Civil Veterinary Department. United Provinces 1932-42 - 1932-1942
Year: 1932
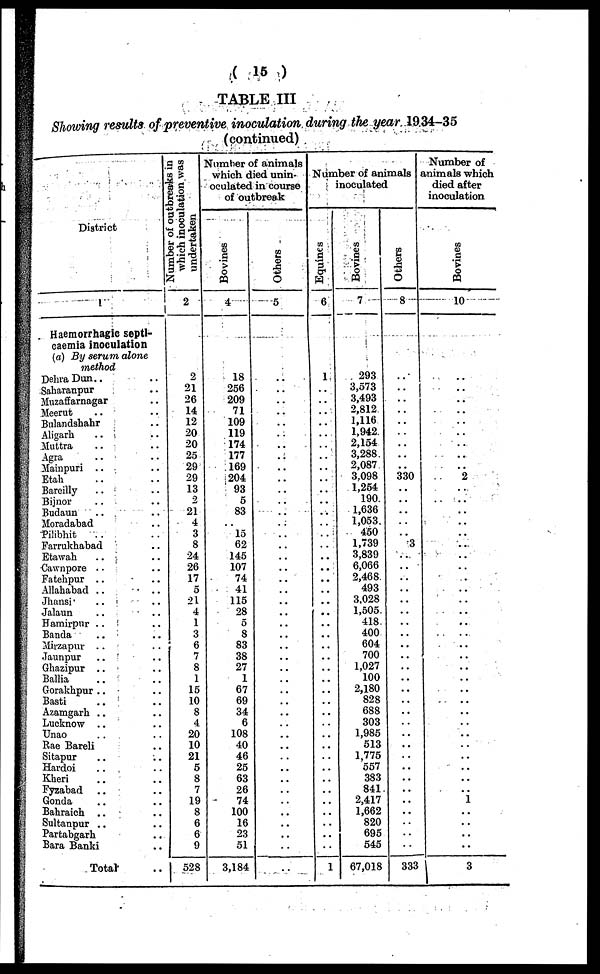
(15)
TABLE III
showinq results of preventive inoculation during the year 1934-35
(continued)
District
Haemorrhagic septi-
caemia inoculation
(a) By serum alone
method
DehraDun .. ..
Saharanpur ..
Mnzaffarnagar ..
Meerut .. ..
Bnlandshahr ..
Aligarh
.. ..
Muttra .. ..
Agra
Mainpuri .. ..
Etah .. ..
Bareilly .. ..
Bijnor .. ..
Budaun .. ..
Moradabad ..
Pihbhit .. ..
Farrukhabad ..
Etawah .. ..
Cawnpore .. ..
Fatehpur .. ..
Allahabad .. ..
Jhansi .. ..
Jalaun
.. ..
Hamirpur .. ..
Banda .. ..
Mirzapur .. ..
Jaunpur .. ..
Ghazipur .. ..
Ballia .. ..
Gorakhpur .. ..
Basti .. ..
Azamgarh .. ..
Lucknow .. ..
Unao .. ..
Rao Bareli ..
Sitapur .. ..
Hardoi .. ..
Kheri .. ..
Fyzabad .. ..
Gonda .. ..
Bahraich .. ..
Sultanpur .. ..
Partabgarh ..
Bara Banki ..
Total
Number of outbreaks in
which inoculation was
undertaken
2
2
21
26
14
12
20
20
25
29
29
13
2
21
4
3
8
24
26
17
5
21
4
1
3
6
7
8
1
15
10
8
4
20
10
21
5
8
7
19
8
6
6
9
528
Number of animals
which died unin-
oculated in course
of outbreak
Bo vines
4
18
256
209
71
109
119
174
177
169
204
93
5
83
..
15
62
145
107
74
41
115
28
5
8
83
38
27
1
67
69
34
6
108
40
46
25
63
26
74
100
16
23
51
3,184
Others
5
..
..
..
..
..
..
..
..
..
..
..
..
..
..
..
..
..
..
..
..
..
..
..
..
..
..
..
..
..
..
..
..
..
..
..
..
..
..
..
..
..
..
..
..
Number of animals
inoculated
Equines
6
1
..
..
..
..
..
..
..
..
..
..
..
..
..
..
..
..
..
..
..
..
..
..
..
..
..
..
..
..
..
..
..
..
..
..
..
..
..
..
..
..
..
..
1
Bovines
7
293
3,573
3,493
2,812
1,116
1,942
2,154
3,288.
2,087
3.098
1,254
190.
1,636
1,053.
450
1,739
3,839
6,066
2,468
493
3.028
1,505
418
400
604
700
1,027
100
2,180
828
688
303
1,985
513
1,775
557
383
841
2,417
1,662
820
695
545
67,018
Others
8
..
..
..
..
..
..
..
..
..
330
..
..
..
..
..
3
..
..
..
..
..
..
..
..
..
..
..
..
..
..
..
..
..
..
..
..
..
..
..
..
..
..
..
333
Number of
animals which
died after
inoculation
Bovines
10
..
..
..
..
..
..
..
..
..
..
..
..
..
..
..
..
..
..
..
..
..
..
..
..
..
..
..
..
..
..
..
..
..
..
..
..
..
..
1
..
..
..
..
3